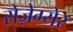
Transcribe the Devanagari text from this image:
रोज़ेग्येर